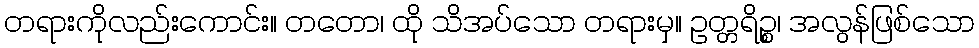
တရားကိုလည်းကောင်း။ တတော၊ ထို သိအပ်သော တရားမှ။ ဥတ္တရိဉ္စ၊ အလွန်ဖြစ်သော